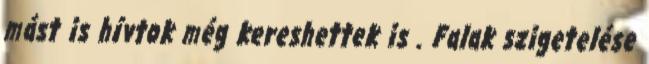
mást is hívtok még kereshettek is . Falak szigetelése